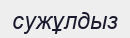
сужұлдыз